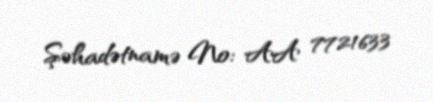
Şəhadətnamə №: AA 7721633